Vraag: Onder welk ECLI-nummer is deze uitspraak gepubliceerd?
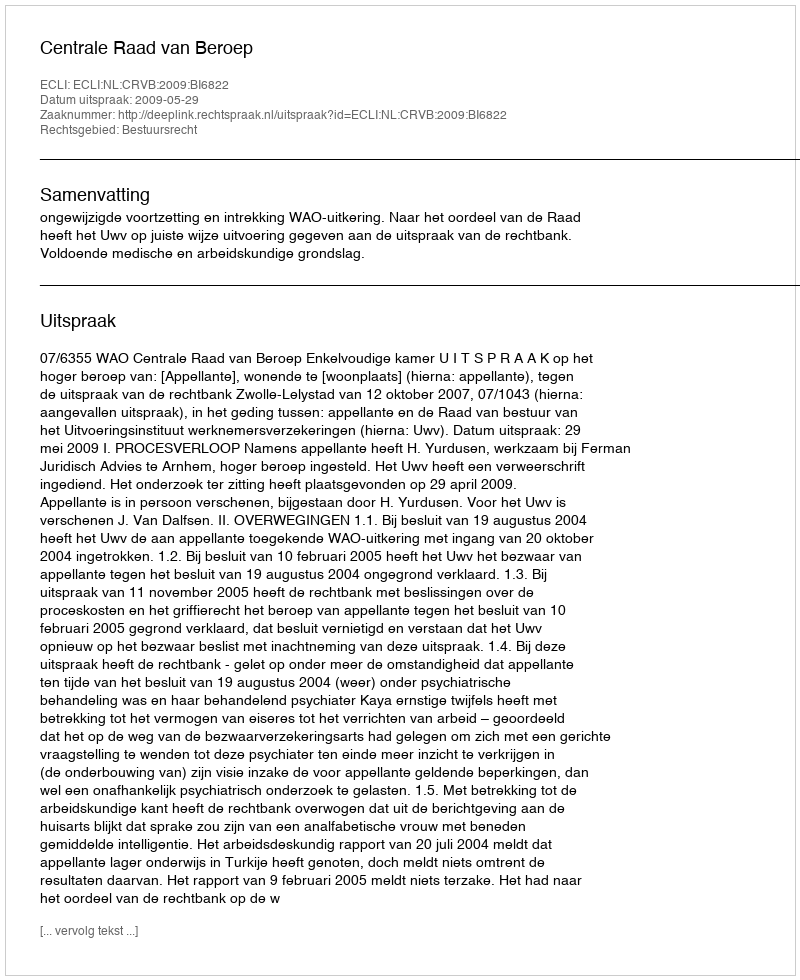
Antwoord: ECLI:NL:CRVB:2009:BI6822